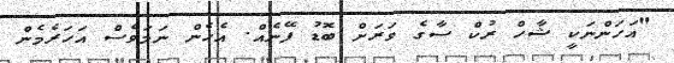
"އަހަންނަކީ ޝާހް ރުކް ސާގެ ވަރަށް ބޮޑު ފޭނެއް. އެހެން ނަމަވެސް އަހަރެމެން